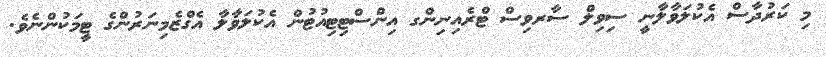
މި ކަރުދާސް އެކުލަވާލާނީ ސިވިލް ސާރވިސް ޓްރެއިނިންގ އިންސްޓިޓިއުޓުން އެކުލަވާލާ އެގްޒެމިނަރުންގެ ޓީމަކުންނެވެ.